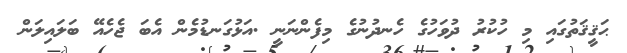
ޙަޤީޤަތުގައި މި ހުކުރު ދުވަހުގެ ހެނދުނުގެ މިފެންނަނީ .އަޅުގަނޑުމެން އެބަ ޖެހެއޭ ބަލައިލަން